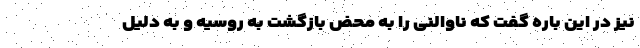
نیز در این باره گفت که ناوالنی را به محض بازگشت به روسیه و به دلیل